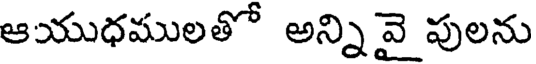
ఆయుధములతో అన్ని వై పులను